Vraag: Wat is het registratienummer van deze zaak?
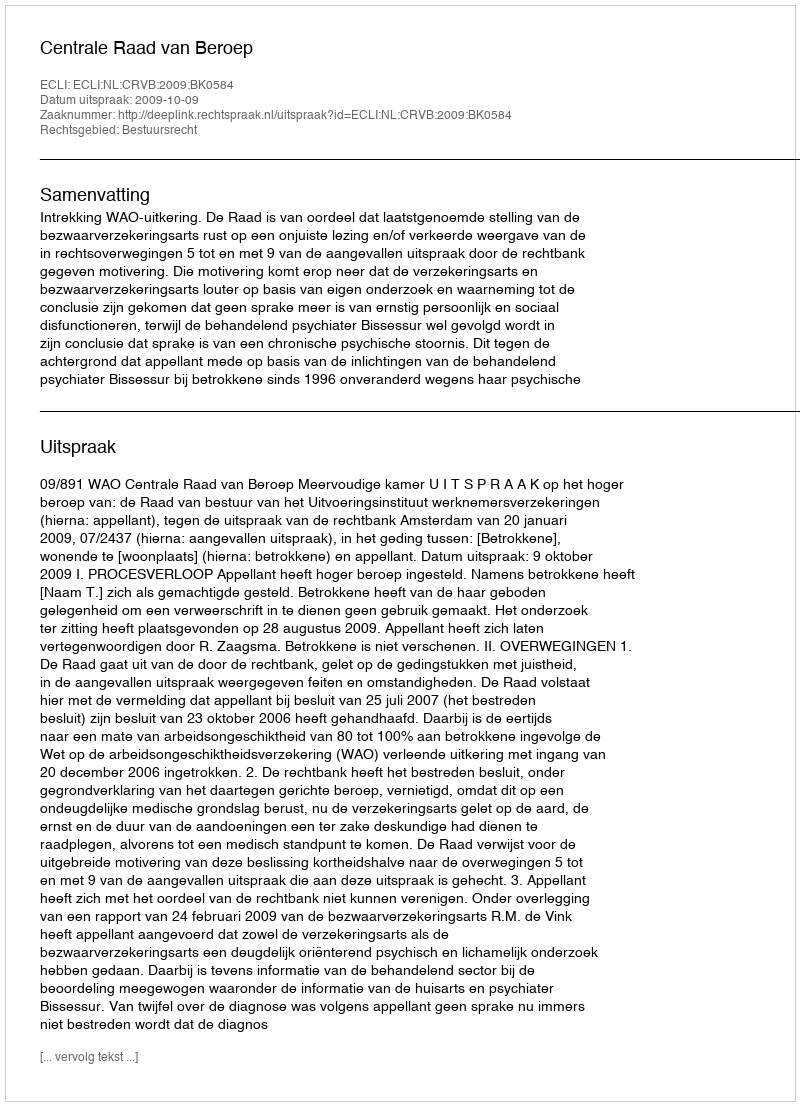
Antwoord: http://deeplink.rechtspraak.nl/uitspraak?id=ECLI:NL:CRVB:2009:BK0584